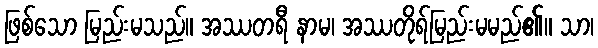
ဖြစ်သော မြည်းမသည်။ အဿတရီ နာမ၊ အဿတိုရ်မြည်းမမည်၏။ သာ၊